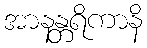
အာနန္တရိကာနိ